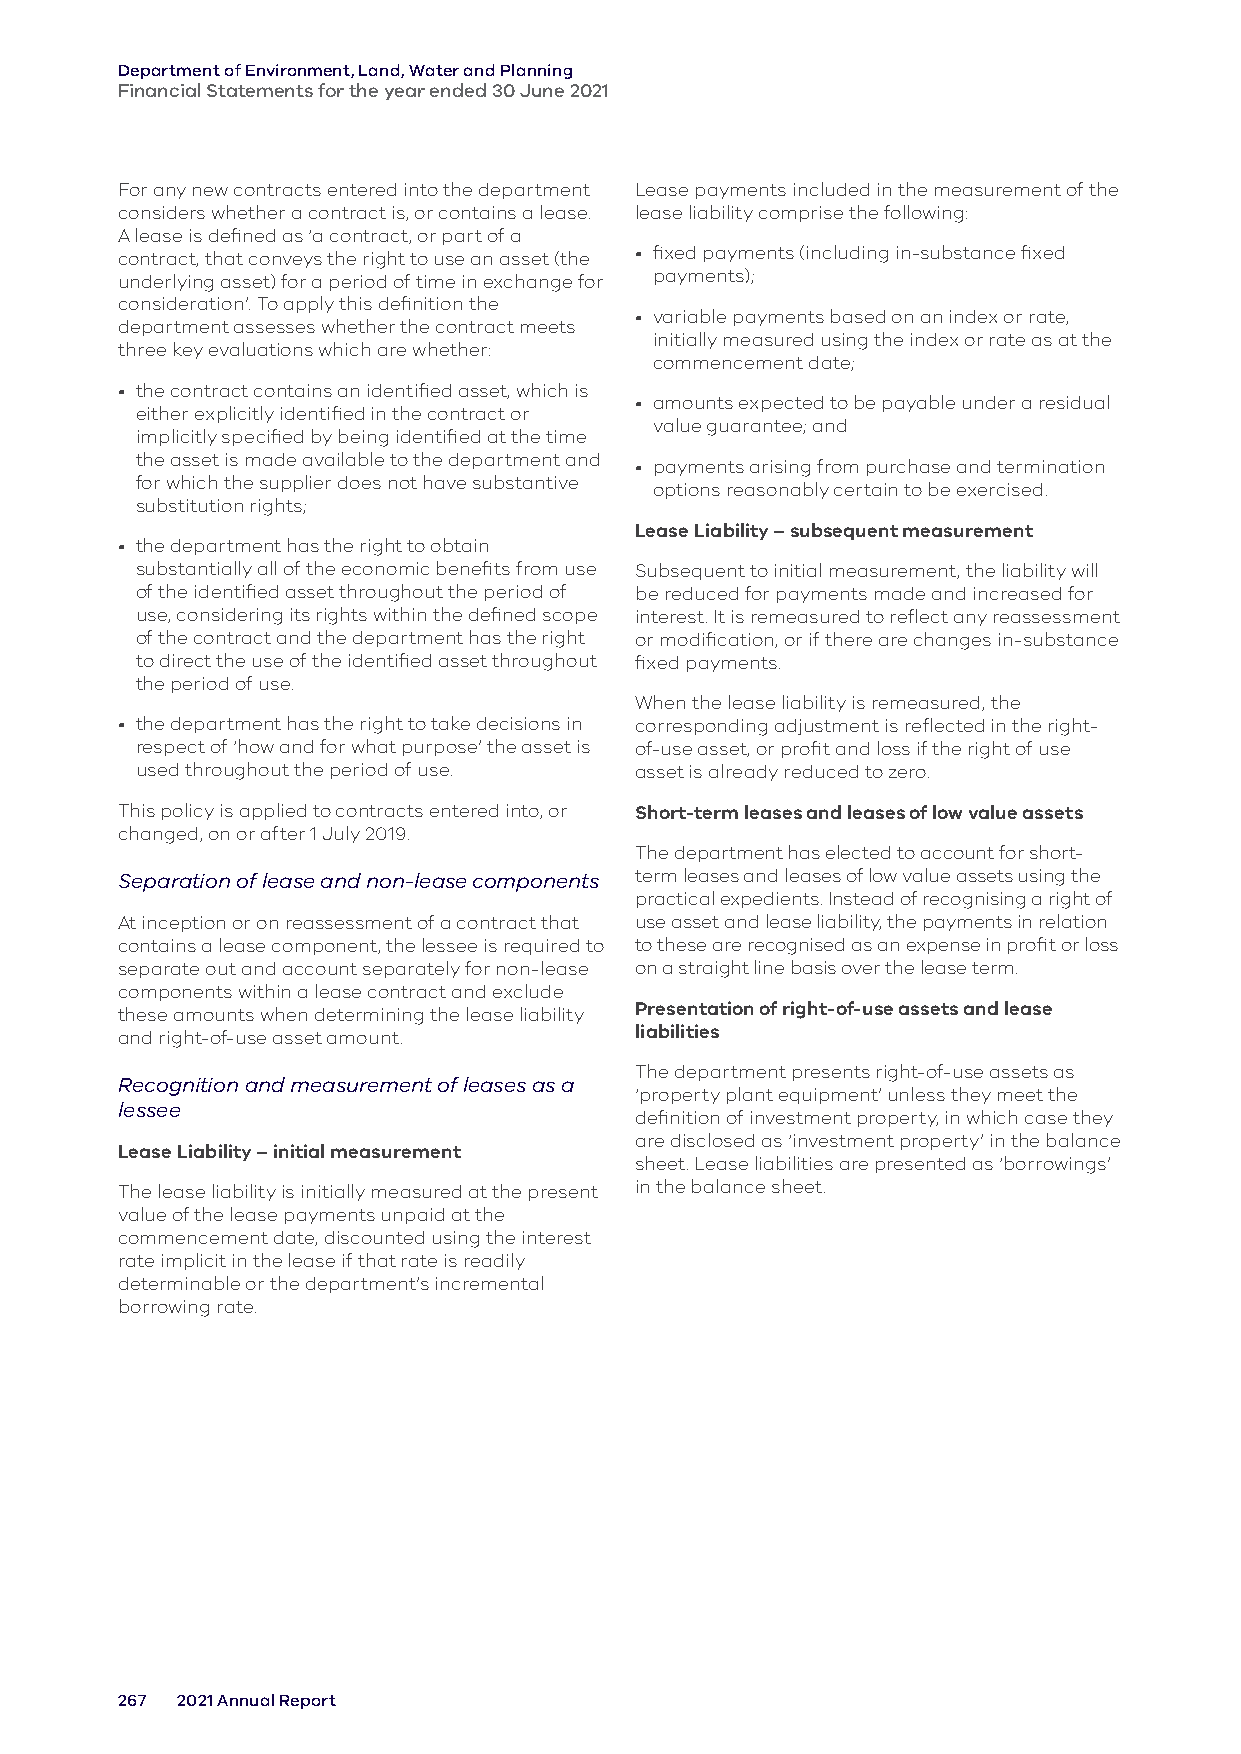
Department of Environment, Land, Water and Planning
 Financial Statements for the year ended 30 June 2021
 For any new contracts entered into the department Lease payments included in the measurement of the
 considers whether a contract is, or contains a lease. lease liability comprise the following:
 A lease is defined as ‘a contract, or part of a
 contract, that conveys the right to use an asset (the • fixed payments (including in-substance fixed
 underlying asset) for a period of time in exchange for payments);
 consideration’. To apply this definition the
 • variable payments based on an index or rate,
 department assesses whether the contract meets
 initially measured using the index or rate as at the
 three key evaluations which are whether:
 commencement date;
 • the contract contains an identified asset, which is
 • amounts expected to be payable under a residual
 either explicitly identified in the contract or
 value guarantee; and
 implicitly specified by being identified at the time
 the asset is made available to the department and
 • payments arising from purchase and termination
 for which the supplier does not have substantive
 options reasonably certain to be exercised.
 substitution rights;
 Lease Liability – subsequent measurement
 • the department has the right to obtain
 substantially all of the economic benefits from use Subsequent to initial measurement, the liability will
 of the identified asset throughout the period of be reduced for payments made and increased for
 use, considering its rights within the defined scope interest. It is remeasured to reflect any reassessment
 of the contract and the department has the right or modification, or if there are changes in-substance
 to direct the use of the identified asset throughout fixed payments.
 the period of use.
 When the lease liability is remeasured, the
 • the department has the right to take decisions in corresponding adjustment is reflected in the right-
 respect of ‘how and for what purpose’ the asset is of-use asset, or profit and loss if the right of use
 used throughout the period of use. asset is already reduced to zero.
 This policy is applied to contracts entered into, or Short-term leases and leases of low value assets
 changed, on or after 1 July 2019.
 The department has elected to account for short-
 Separation of lease and non-lease components term leases and leases of low value assets using the
 practical expedients. Instead of recognising a right of
 At inception or on reassessment of a contract that use asset and lease liability, the payments in relation
 contains a lease component, the lessee is required to to these are recognised as an expense in profit or loss
 separate out and account separately for non-lease on a straight line basis over the lease term.
 components within a lease contract and exclude
 these amounts when determining the lease liability Presentation of right-of-use assets and lease
 and right-of-use asset amount.    liabilities
 The department presents right-of-use assets as
 Recognition and measurement of leases as a
 ‘property plant equipment’ unless they meet the
 lessee
 definition of investment property, in which case they
 are disclosed as ‘investment property’ in the balance
 Lease Liability – initial measurement
 sheet. Lease liabilities are presented as ‘borrowings’
 The lease liability is initially measured at the present in the balance sheet.
 value of the lease payments unpaid at the
 commencement date, discounted using the interest
 rate implicit in the lease if that rate is readily
 determinable or the department’s incremental
 borrowing rate.
 267 2021 Annual Report